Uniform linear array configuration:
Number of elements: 4
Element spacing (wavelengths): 0.75
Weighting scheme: binomial
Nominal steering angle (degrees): -30
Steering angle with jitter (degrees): -29.952
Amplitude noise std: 0.05
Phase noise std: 0.05

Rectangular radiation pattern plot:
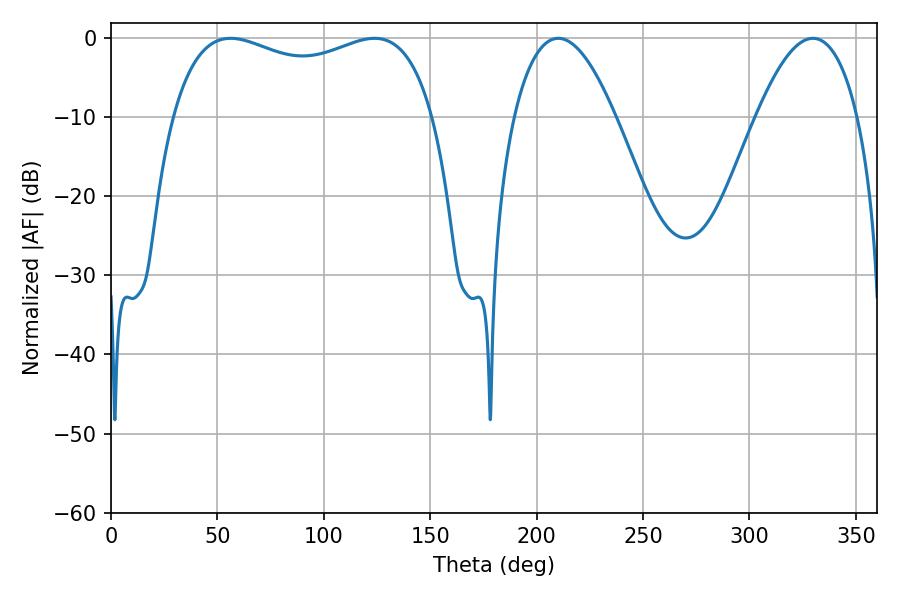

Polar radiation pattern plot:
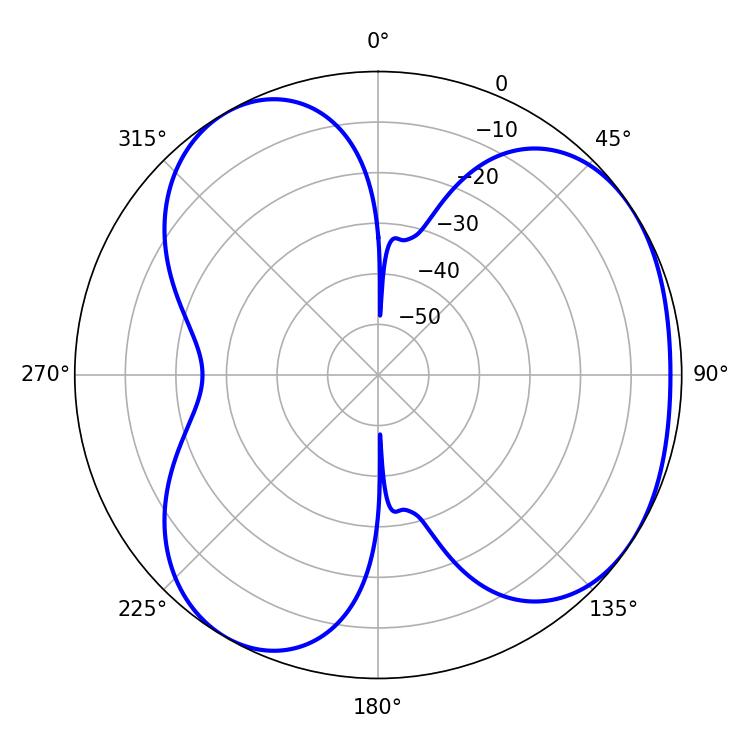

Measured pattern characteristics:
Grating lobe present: TRUE
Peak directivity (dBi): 4.182
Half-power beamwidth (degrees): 101.16
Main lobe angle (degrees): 56.16